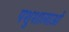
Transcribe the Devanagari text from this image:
पशुशालाओं